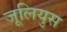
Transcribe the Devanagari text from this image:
जूलियुस